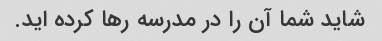
شاید شما آن را در مدرسه رها کرده اید.